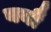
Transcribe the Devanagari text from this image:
ययौ